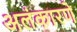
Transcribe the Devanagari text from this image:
अलंकारणे